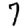
Digit: 7